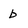
Character: b